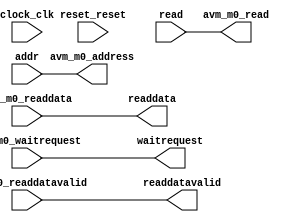
// Avalon_Master.v

// This file was auto-generated as a prototype implementation of a module
// created in component editor.  It ties off all outputs to ground and
// ignores all inputs.  It needs to be edited to make it do something
// useful.
//
// This file will not be automatically regenerated.  You should check it in
// to your version control system if you want to keep it.

`timescale 1 ps / 1 ps
module Avalon_Master (
		output wire [31:0] avm_m0_address,       //      avm_m0.address
		output wire        avm_m0_read,          //            .read
		input  wire        avm_m0_waitrequest,   //            .waitrequest
		input  wire [63:0] avm_m0_readdata,      //            .readdata
		input  wire        avm_m0_readdatavalid, //            .readdatavalid
		input  wire        clock_clk,            //       clock.clk
		input  wire        reset_reset,          //       reset.reset
		input  wire [31:0] addr,                 // conduit_end.avm_addr
		input  wire        read,                 //            .avm_read
		output wire [63:0] readdata,             //            .avm_readdata
		output wire        readdatavalid,        //            .avm_readdatavalid
		output wire        waitrequest           //            .avm_waitrequest
	);

	assign avm_m0_address = addr;
	assign avm_m0_read = read;
	assign readdata = avm_m0_readdata;
	assign waitrequest = avm_m0_waitrequest;
	assign readdatavalid = avm_m0_readdatavalid;

endmodule